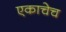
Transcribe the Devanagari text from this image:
एकाचेच